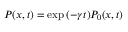
P ( x , t ) = \exp { ( - \gamma t ) } P _ { 0 } ( x , t )